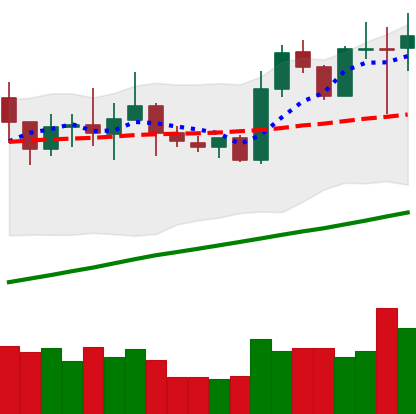
Ticker: NEO-USD
Chart end date: 2020-07-28
Forward return: 3.794%
Label: up_3_5